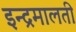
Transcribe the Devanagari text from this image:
इन्द्रमालती